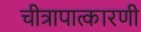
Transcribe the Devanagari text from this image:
चीत्रापात्कारणी